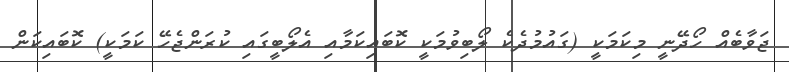
ޖަވާބެއް ހޯދޭނީ މިކަމަކީ (ގައުމުދެކެ ލޯބިވުމަކީ ކޮބައިކަމާއި އެލޯބީގައި ކުރަންޖެހޭ ކަމަކީ) ކޮބައިކަން